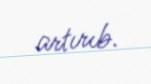
artırıb.